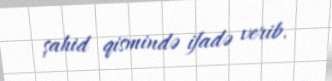
şahid qismində ifadə verib.